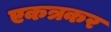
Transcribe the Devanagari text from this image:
एकत्रकर